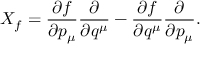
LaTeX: X _ { f } = { \frac { \partial f } { \partial p _ { \mu } } } { \frac { \partial } { \partial q ^ { \mu } } } - { \frac { \partial f } { \partial q ^ { \mu } } } { \frac { \partial } { \partial p _ { \mu } } } .